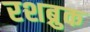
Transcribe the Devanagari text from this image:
रशब्रुक